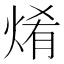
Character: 𤉶